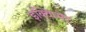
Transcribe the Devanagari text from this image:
इक्विप्मेंट